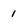
Character: 1